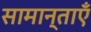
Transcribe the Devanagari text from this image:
सामान्ताएँ